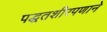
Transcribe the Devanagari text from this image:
पद्धतशीरपणाने